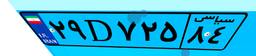
۲۹D۷۲۵۸۴